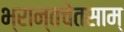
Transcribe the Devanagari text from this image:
भ्रान्तचेतसाम्